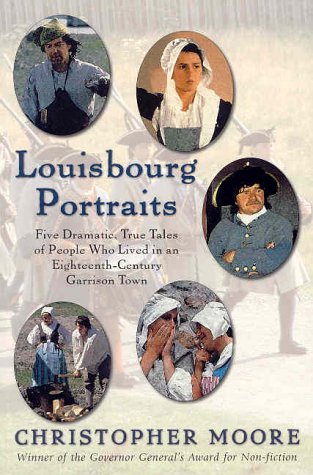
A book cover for Louisbourg Portraits; Christopher Moore; Biographies & Memoirs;